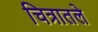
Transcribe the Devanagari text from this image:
चित्रातले